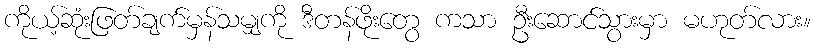
ကိုယ့်ဆုံးဖြတ်ချက်မှန်သမျှကို ဒီတန်ဖိုးတွေ ကသာ ဦးဆောင်သွားမှာ မဟုတ်လား။